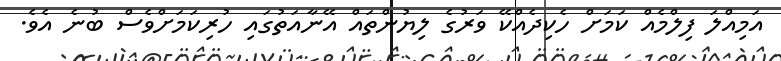
އަމިއްލަ ފިލްމެއް ކަމަށް ހެކިދެއްކޭ ވަރުގެ ލިޔުންތައް އޭނާއަތުގައި ހުރިކަމަށްވެސް ބުނެ އެވެ.